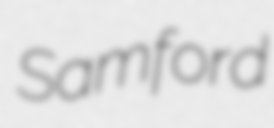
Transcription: Samford